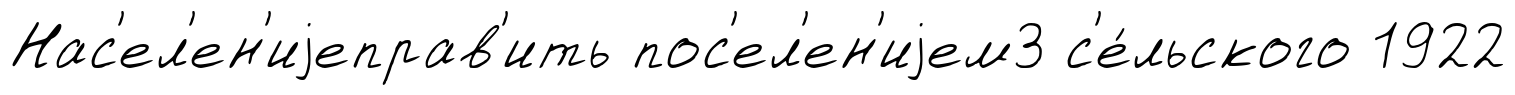
Нас'ел'ен'иjеправ'ить пос'ел'ен'иjем3 с'е́льского 1922